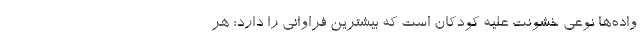
واده‌‌ها نوعی خشونت علیه کودکان است که بیشترین فراوانی را دارد؛ هر